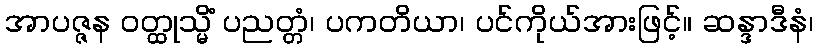
အာပဇ္ဇန ဝတ္ထုသ္မိံ ပညတ္တံ၊ ပကတိယာ၊ ပင်ကိုယ်အားဖြင့်။ ဆန္ဒာဒီနံ၊